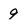
Character: 9